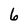
Character: 6